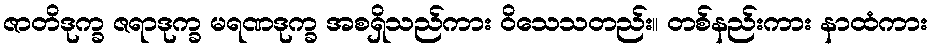
ဇာတိဒုက္ခ ဇရာဒုက္ခ မရဏဒုက္ခ အစရှိသည်ကား ဝိသေသတည်း။ တစ်နည်းကား နာထံကား